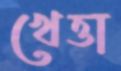
খেত্তা